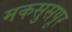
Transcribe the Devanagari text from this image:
मकसुसपूर